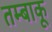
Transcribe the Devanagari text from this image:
तम्‍बाकू